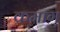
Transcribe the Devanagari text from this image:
क्रमाग